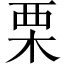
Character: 栗